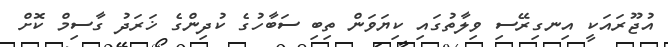
އުޖޫރައަކީ އިނގިރޭސި ވިލާތުގައި ކިޔަވަން ތިބި ސަބާހުގެ ކުދިންގެ ޚަރަދު ގާސިމް ކޮށް